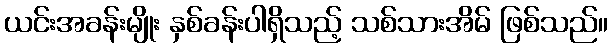
ယင်းအခန်းမျိုး နှစ်ခန်းပါရှိသည့် သစ်သားအိမ် ဖြစ်သည်။